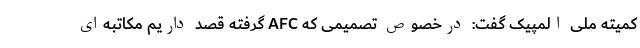
کمیته ملی المپیک گفت: درخصوص تصمیمی که AFC گرفته قصد داریم مکاتبه‌ای